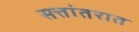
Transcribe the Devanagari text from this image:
सत्तांतरात